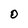
Character: 0